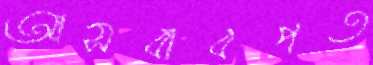
আসবাবপত